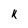
Character: k